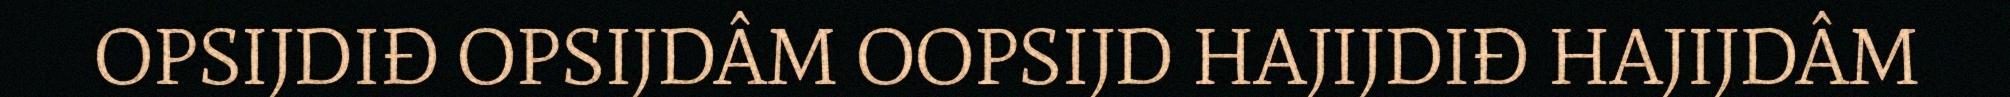
OPSIJDIĐ OPSIJDÂM OOPSIJD HAJIJDIĐ HAJIJDÂM